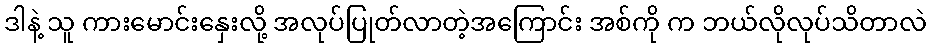
ဒါနဲ့ သူ ကားမောင်းနှေးလို့ အလုပ်ပြုတ်လာတဲ့အကြောင်း အစ်ကို က ဘယ်လိုလုပ်သိတာလဲ